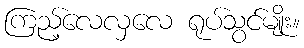
ကြည့်လေလှလေ ရုပ်သွင်မျိုး။